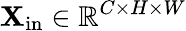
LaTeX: \mathbf{X}_{\mathrm{in}}\in\mathbb{R}^{C\times H\times W}